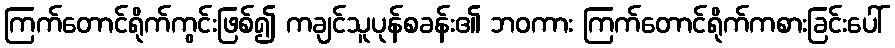
ကြက်တောင်ရိုက်ကွင်းဖြစ်၍ ကချင်သူပုန်စခန်း၏ ဘဝကား ကြက်တောင်ရိုက်ကစားခြင်းပေါ်